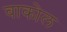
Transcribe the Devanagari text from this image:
वाकोल